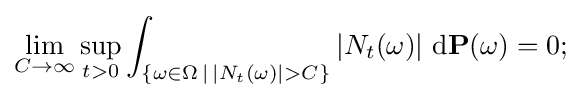
\lim _{C\to \infty }\sup _{t>0}\int _{\{\omega \in \Omega \,\mid \,|N_{t}(\omega )|>C\}}\left|N_{t}(\omega )\right|\,\mathrm {d} \mathbf {P} (\omega )=0;